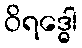
ဝိရဒ္ဓေါ